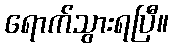
ရောက်သွားရပြီ။